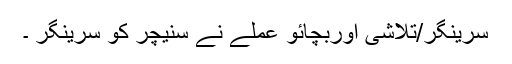
سرینگر/تلاشی اوربچائو عملے نے سنیچر کو سرینگر ۔